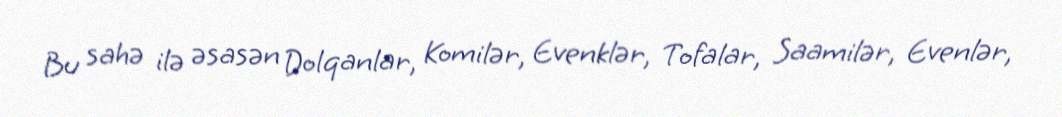
Bu sahə ilə əsasən Dolqanlar, Komilər, Evenklər, Tofalar, Saamilər, Evenlər,